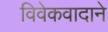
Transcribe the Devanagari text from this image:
विवेकवादाने